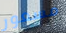
مسعور